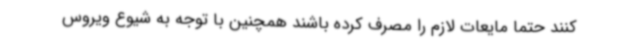
کنند حتما مایعات لازم را مصرف کرده باشند همچنین با توجه به شیوع ویروس